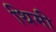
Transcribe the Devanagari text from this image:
थिमी